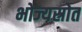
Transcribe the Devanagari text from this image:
भोज्यस्रोत